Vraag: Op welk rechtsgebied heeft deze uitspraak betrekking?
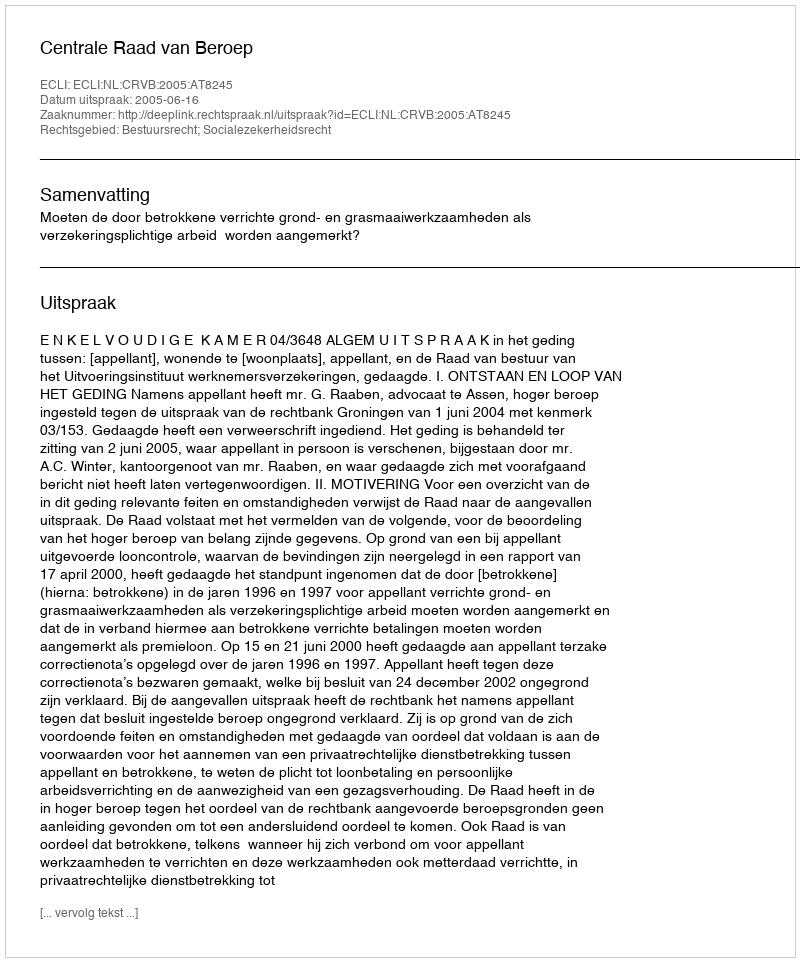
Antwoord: Bestuursrecht; Socialezekerheidsrecht